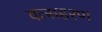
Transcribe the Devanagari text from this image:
वत्सहरण